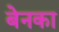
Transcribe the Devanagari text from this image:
बेनका